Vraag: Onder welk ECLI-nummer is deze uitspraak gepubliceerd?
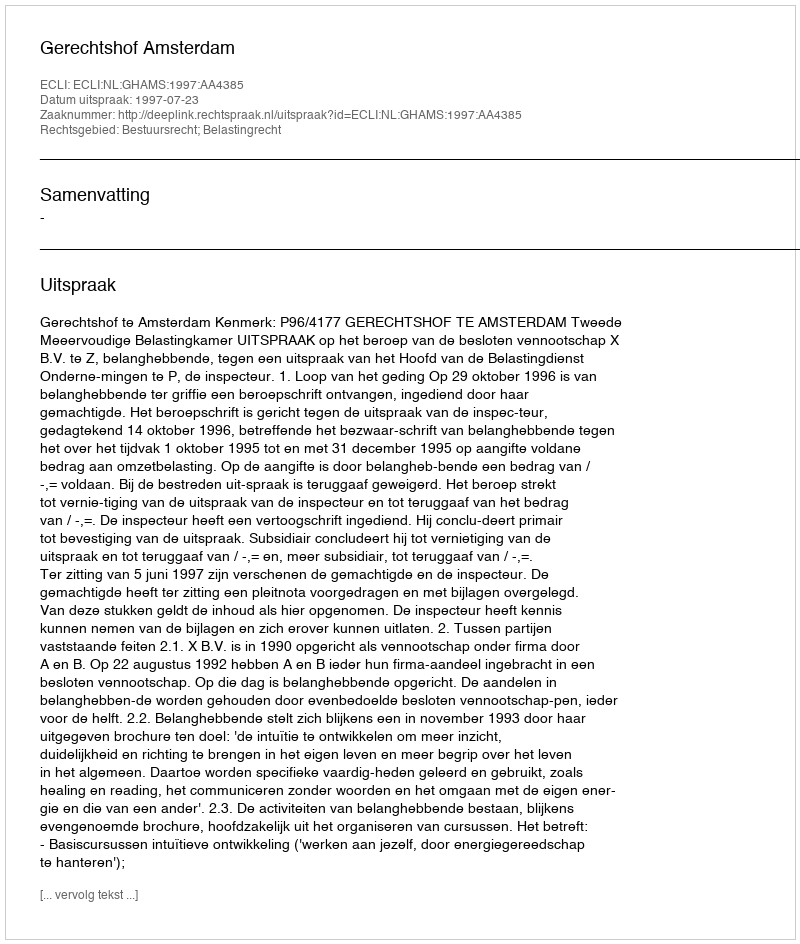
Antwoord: ECLI:NL:GHAMS:1997:AA4385